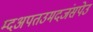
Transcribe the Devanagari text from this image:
म्दअपतउमदजंसपेउ